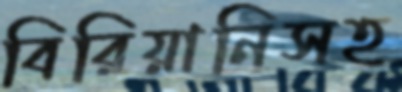
বিরিয়ানিসহ